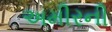
અમીરની